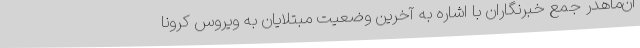
ان‌ماهدر جمع خبرنگاران با اشاره به آخرین وضعیت مبتلایان به ویروس کرونا